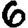
Digit: 6